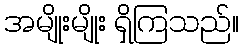
အမျိုးမျိုး ရှိကြသည်။